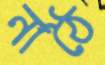
নাঠৈ